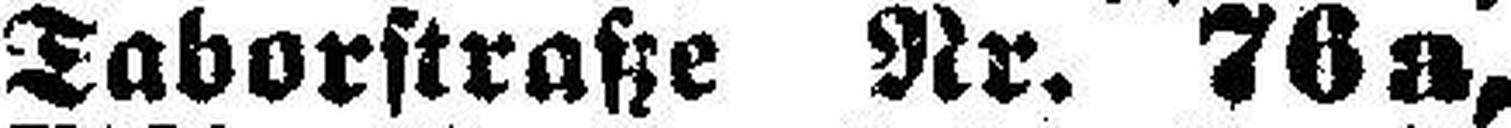
Taborstraße Nr. 76a,